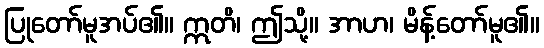
ပြုတော်မူအပ်၏။ ဣတိ၊ ဤသို့။ အာဟ၊ မိန့်တော်မူ၏။